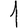
Digit: 1